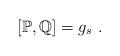
LaTeX: \begin{align*}[\mathbb{P},\mathbb{Q}]=g_s\ .\end{align*}